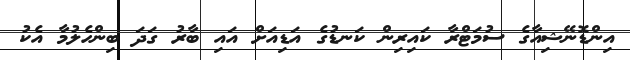
އިންޑޮނޭޝިއާގެ ސުމަޓްރާ ކައިރިން ކަނޑުގެ އަޑިއަށް އައި ބާރު ގަދަ ބިންހެލުމާ އެކު